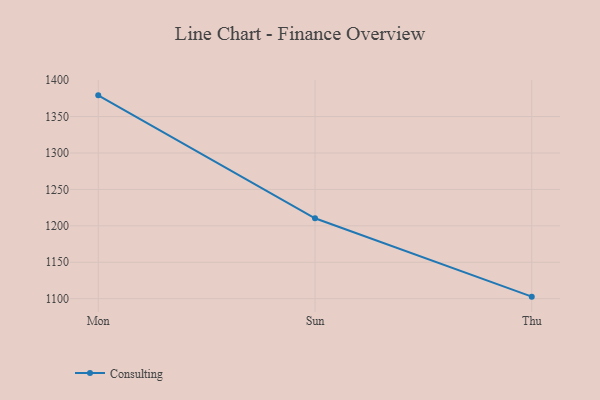
{"axis": {"x": "Day", "y": "Satisfaction Score"}, "legend": ["Consulting"], "data": [{"x": "Mon", "y": 1379.1, "type": "Consulting"}, {"x": "Sun", "y": 1210.4, "type": "Consulting"}, {"x": "Thu", "y": 1102.8, "type": "Consulting"}]}